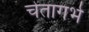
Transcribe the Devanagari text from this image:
चेतागर्भ